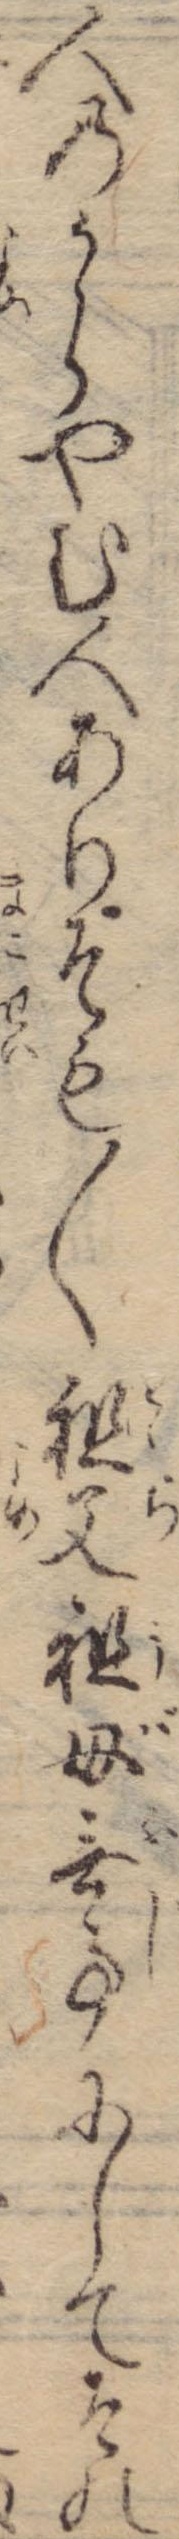
人のうらやむ人ありそも〱祖父祖母無事にしてその